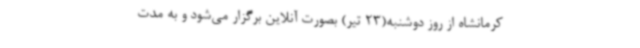
کرمانشاه از روز دوشنبه(23 تیر) بصورت آنلاین برگزار می‌شود و به مدت